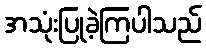
အသုံးပြုခဲ့ကြပါသည်